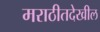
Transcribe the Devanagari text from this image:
मराठीतदेखील